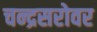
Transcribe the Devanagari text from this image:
चन्द्रसरोवर